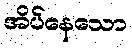
အိပ်နေသော